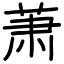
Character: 萧